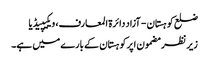
ضلع کوہستان - آزاد دائرۃ المعارف، ویکیپیڈیا
زیر نظر مضمون اپرکوہستان کے بارے میں ہے۔